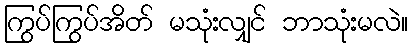
ကြွပ်ကြွပ်အိတ် မသုံးလျှင် ဘာသုံးမလဲ။